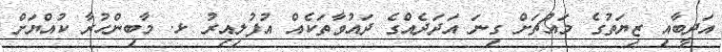
އަދީބާއި ޒިޔަތުގެ މައްޗަށް ގިނަ އަދަދެއްގެ ދައުވާތަކެއް އުފުލިއިރު ޅ. މާބިންހުރާ ކުއްޔަށް